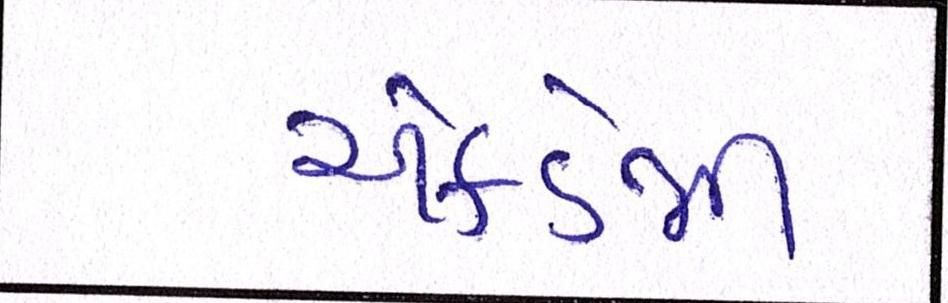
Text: એકેડેમી